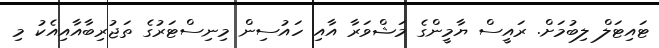
ޓައިޓަލް ލިބުމަށް. ރައީސް ޔާމީންގެ މަޝްވަރާ އާއި ހައުސިން މިނިސްޓަރުގެ ތަޖުރިބާއާއިއެކު މި